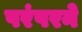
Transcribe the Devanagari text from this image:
परंपरने